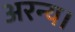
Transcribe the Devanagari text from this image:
अरन्य।